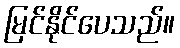
မြင်နိုင်ပေသည်။